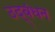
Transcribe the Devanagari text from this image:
उद्‍बंधन